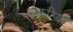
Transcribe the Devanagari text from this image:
कंकरियाँ